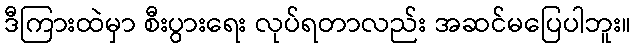
ဒီကြားထဲမှာ စီးပွားရေး လုပ်ရတာလည်း အဆင်မပြေပါဘူး။